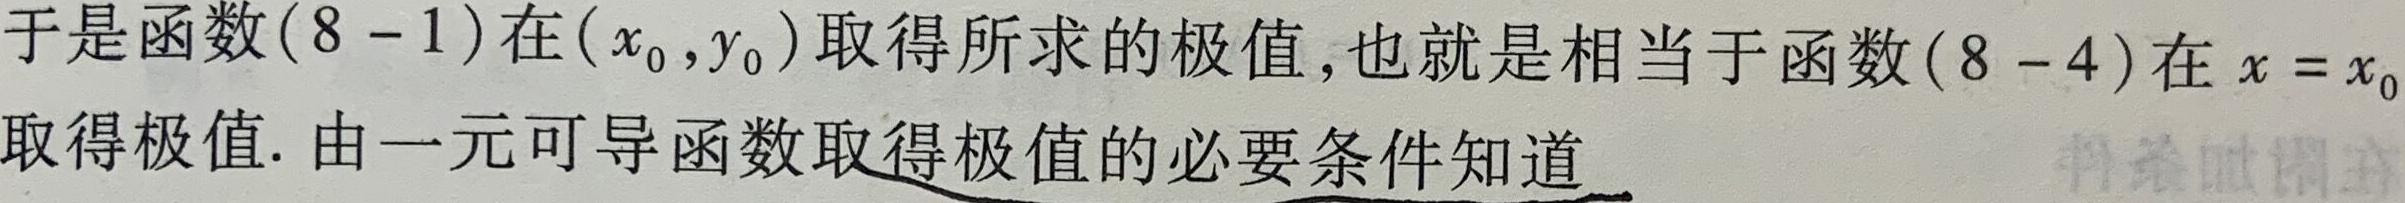
于是函数$(8 - 1)$在$(x_0,y_0)$取得所求的极值,也就是相当于函数$(8 - 4)$在$x = x_0$取得极值. 由一元可导函数取得极值的必要条件知道